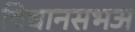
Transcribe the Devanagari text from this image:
विधानसभअ